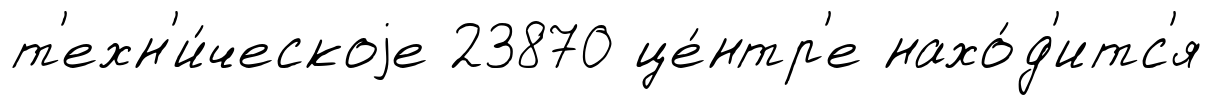
т'ехн'и́ческоjе 23870 це́нтр'е нахо́д'итс'я